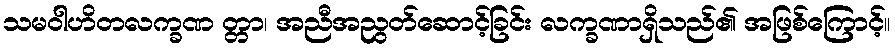
သမဝါဟိတလက္ခဏ တ္တာ၊ အညီအညွတ်ဆောင့်ခြင်း လက္ခဏာရှိသည်၏ အဖြစ်ကြောင့်။